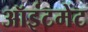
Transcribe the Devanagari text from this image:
ऑइंटमेंट